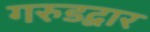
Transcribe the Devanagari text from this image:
गरुडद्वार